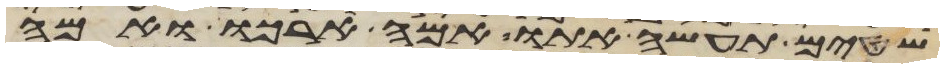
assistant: שטים תעשה אתו אמה ארכו ואמה